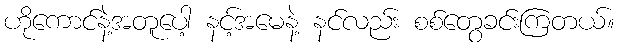
ဟိုကောင်နဲ့အတူပေါ့ နင့်အမေနဲ့ နင်လည်း စစ်တွေခင်းကြတယ်။